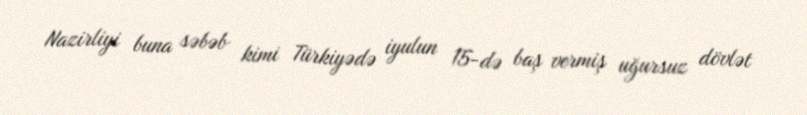
Nazirliyi buna səbəb kimi Türkiyədə iyulun 15-də baş vermiş uğursuz dövlət